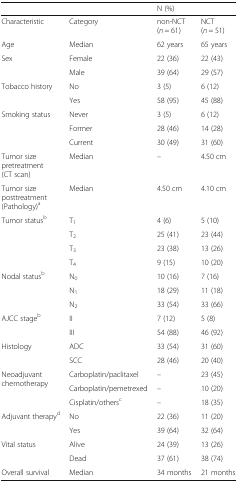
|  |  | <COLSPAN=2> N (%) |
 | --- | --- | --- | --- |
 | Characteristic | Category | non-NCT(n = 61) | NCT(n = 51) |
 | Age | Median | 62 years | 65 years |
 | Sex | Female | 22 (36) | 22 (43) |
 |  | Male | 39 (64) | 29 (57) |
 | <ROWSPAN=2> Tobacco history | No | 3 (5) | 6 (12) |
 | Yes | 58 (95) | 45 (88) |
 | <ROWSPAN=3> Smoking status | Never | 3 (5) | 6 (12) |
 | Former | 28 (46) | 14 (28) |
 | Current | 30 (49) | 31 (60) |
 | Tumor size pretreatment (CT scan) | Median | – | 4.50 cm |
 | Tumor size posttreatment (Pathology)a | Median | 4.50 cm | 4.10 cm |
 | <ROWSPAN=4> Tumor statusb | T1 | 4 (6) | 5 (10) |
 | T2 | 25 (41) | 23 (44) |
 | T3 | 23 (38) | 13 (26) |
 | T4 | 9 (15) | 10 (20) |
 | <ROWSPAN=3> Nodal statusb | N0 | 10 (16) | 7 (16) |
 | N1 | 18 (29) | 11 (18) |
 | N2 | 33 (54) | 33 (66) |
 | <ROWSPAN=2> AJCC stageb | II | 7 (12) | 5 (8) |
 | III | 54 (88) | 46 (92) |
 | <ROWSPAN=2> Histology | ADC | 33 (54) | 31 (60) |
 | SCC | 28 (46) | 20 (40) |
 | <ROWSPAN=3> Neoadjuvant chemotherapy | Carboplatin/paclitaxel | – | 23 (45) |
 | Carboplatin/pemetrexed | – | 10 (20) |
 | Cisplatin/othersc | – | 18 (35) |
 | <ROWSPAN=2> Adjuvant therapyd | No | 22 (36) | 11 (20) |
 | Yes | 39 (64) | 32 (64) |
 | <ROWSPAN=2> Vital status | Alive | 24 (39) | 13 (26) |
 | Dead | 37 (61) | 38 (74) |
 | Overall survival | Median | 34 months | 21 months |